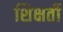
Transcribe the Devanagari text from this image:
शिक्षर्ती